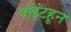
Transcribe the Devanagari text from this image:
पॉइंटहून